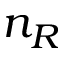
n _ { R }